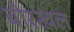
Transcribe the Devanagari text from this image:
बोरखल